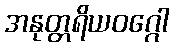
အနုတ္တရိယဝဂ္ဂေါ